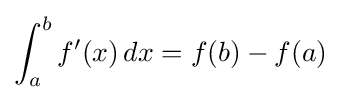
\int _{a}^{b}f'(x)\,dx=f(b)-f(a)